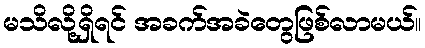
မသိလို့ရှိရင် အခက်အခဲတွေဖြစ်လာမယ်။